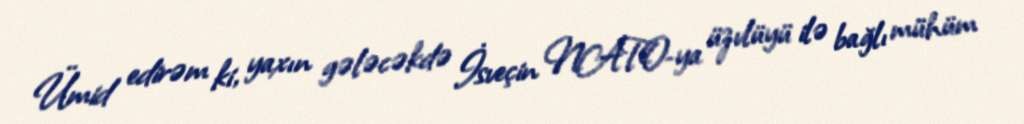
Ümid edirəm ki, yaxın gələcəkdə İsveçin NATO-ya üzvlüyü ilə bağlı mühüm